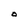
Character: O